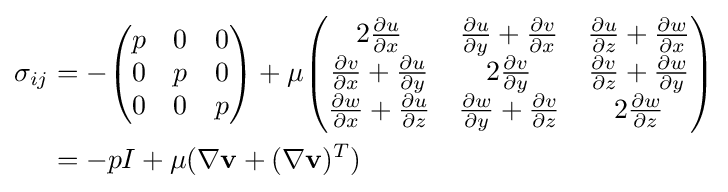
{\begin{aligned}\sigma _{ij}&=-{\begin{pmatrix}p&0&0\\0&p&0\\0&0&p\end{pmatrix}}+\mu {\begin{pmatrix}2{\frac {\partial u}{\partial x}}&{\frac {\partial u}{\partial y}}+{\frac {\partial v}{\partial x}}&{\frac {\partial u}{\partial z}}+{\frac {\partial w}{\partial x}}\\{\frac {\partial v}{\partial x}}+{\frac {\partial u}{\partial y}}&2{\frac {\partial v}{\partial y}}&{\frac {\partial v}{\partial z}}+{\frac {\partial w}{\partial y}}\\{\frac {\partial w}{\partial x}}+{\frac {\partial u}{\partial z}}&{\frac {\partial w}{\partial y}}+{\frac {\partial v}{\partial z}}&2{\frac {\partial w}{\partial z}}\end{pmatrix}}\\&=-pI+\mu (\nabla \mathbf {v} +(\nabla \mathbf {v} )^{T})\end{aligned}}